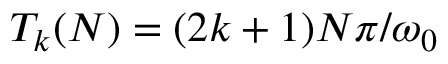
T _ { k } ( N ) = ( 2 k + 1 ) N \pi / \omega _ { 0 }